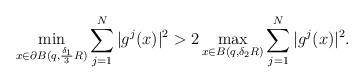
LaTeX: \begin{align*}\min\limits_{x\in\partial B(q, \frac{\delta_1}{3}R)}\sum\limits_{j=1}^N|g^j(x)|^2> 2\max\limits_{x\in B(q, \delta_2R)}\sum\limits_{j=1}^N|g^j(x)|^2.\end{align*}